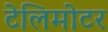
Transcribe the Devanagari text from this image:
टेलिमोटर